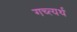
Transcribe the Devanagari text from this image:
गच्त्यर्थ